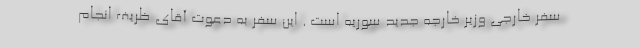
سفر خارجی وزیر خارجه جدید سوریه است . این سفر به دعوت آقای ظریف انجام